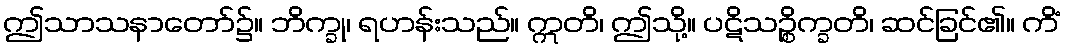
ဤသာသနာတော်၌။ ဘိက္ခု၊ ရဟန်းသည်။ ဣတိ၊ ဤသို့။ ပဋိသဉ္စိက္ခတိ၊ ဆင်ခြင်၏။ ကိံ